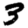
Digit: 3